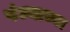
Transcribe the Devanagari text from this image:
पंज्याच्या